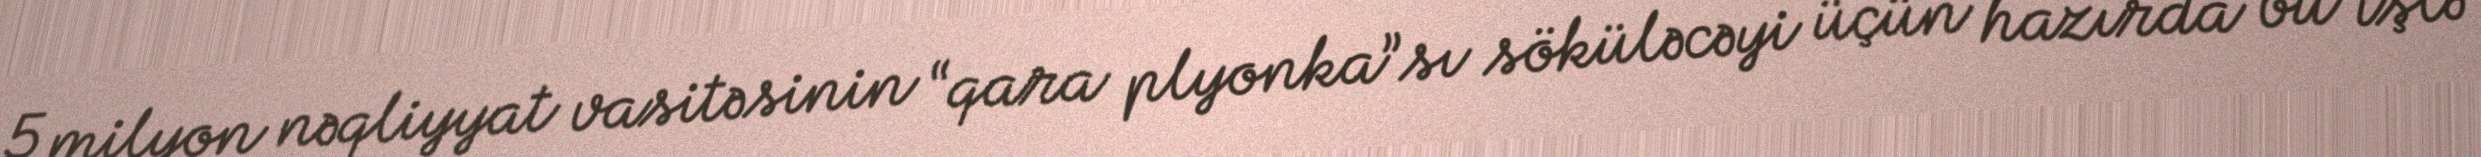
5 milyon nəqliyyat vasitəsinin “qara plyonka”sı söküləcəyi üçün hazırda bu işlə